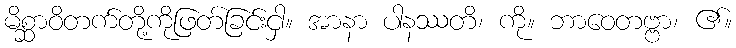
မိစ္ဆာဝိတက်တို့ကိုဖြတ်ခြင်းငှါ။ အာနာ ပါနဿတိ၊ ကို။ ဘာဝေတဗ္ဗာ၊ ၏။